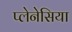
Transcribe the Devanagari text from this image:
प्लेनेसिया